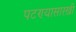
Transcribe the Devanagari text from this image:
पटण्यासारखी